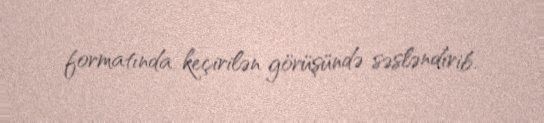
formatında keçirilən görüşündə səsləndirib.